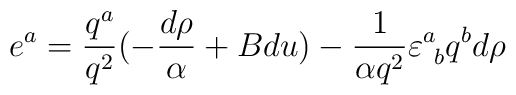
e^a ={q^a \over q^2} (-{ d\rho \over \alpha} +B du) -{ 1 \over \alpha q^2}\varepsilon^a_{\ b}q^b d\rho